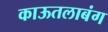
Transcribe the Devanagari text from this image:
काऊतलाबंग